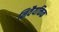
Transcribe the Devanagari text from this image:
निवैयक्तिक